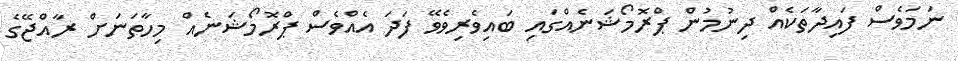
ނަމަވެސް ފައިދާތަކެއް ދިނުމުން ޕްރޮމޯޝަނެއްގައި ބައިވެރިވެވޭ ފަދަ އެއްވެސް ޕްރޮމޯޝަނެއް މިހާތަނަށް ރާއްޖޭގެ